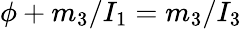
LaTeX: \phi+m_{3}/I_{1}=m_{3}/I_{3}